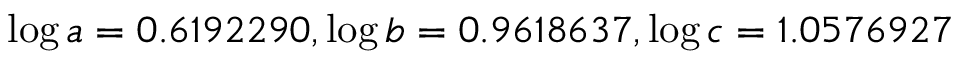
\log a = 0 . 6 1 9 2 2 9 0 , \log b = 0 . 9 6 1 8 6 3 7 , \log c = 1 . 0 5 7 6 9 2 7